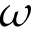
\omega